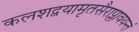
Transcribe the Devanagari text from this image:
कलशद्वयामृतसैराप्लावयन्तं